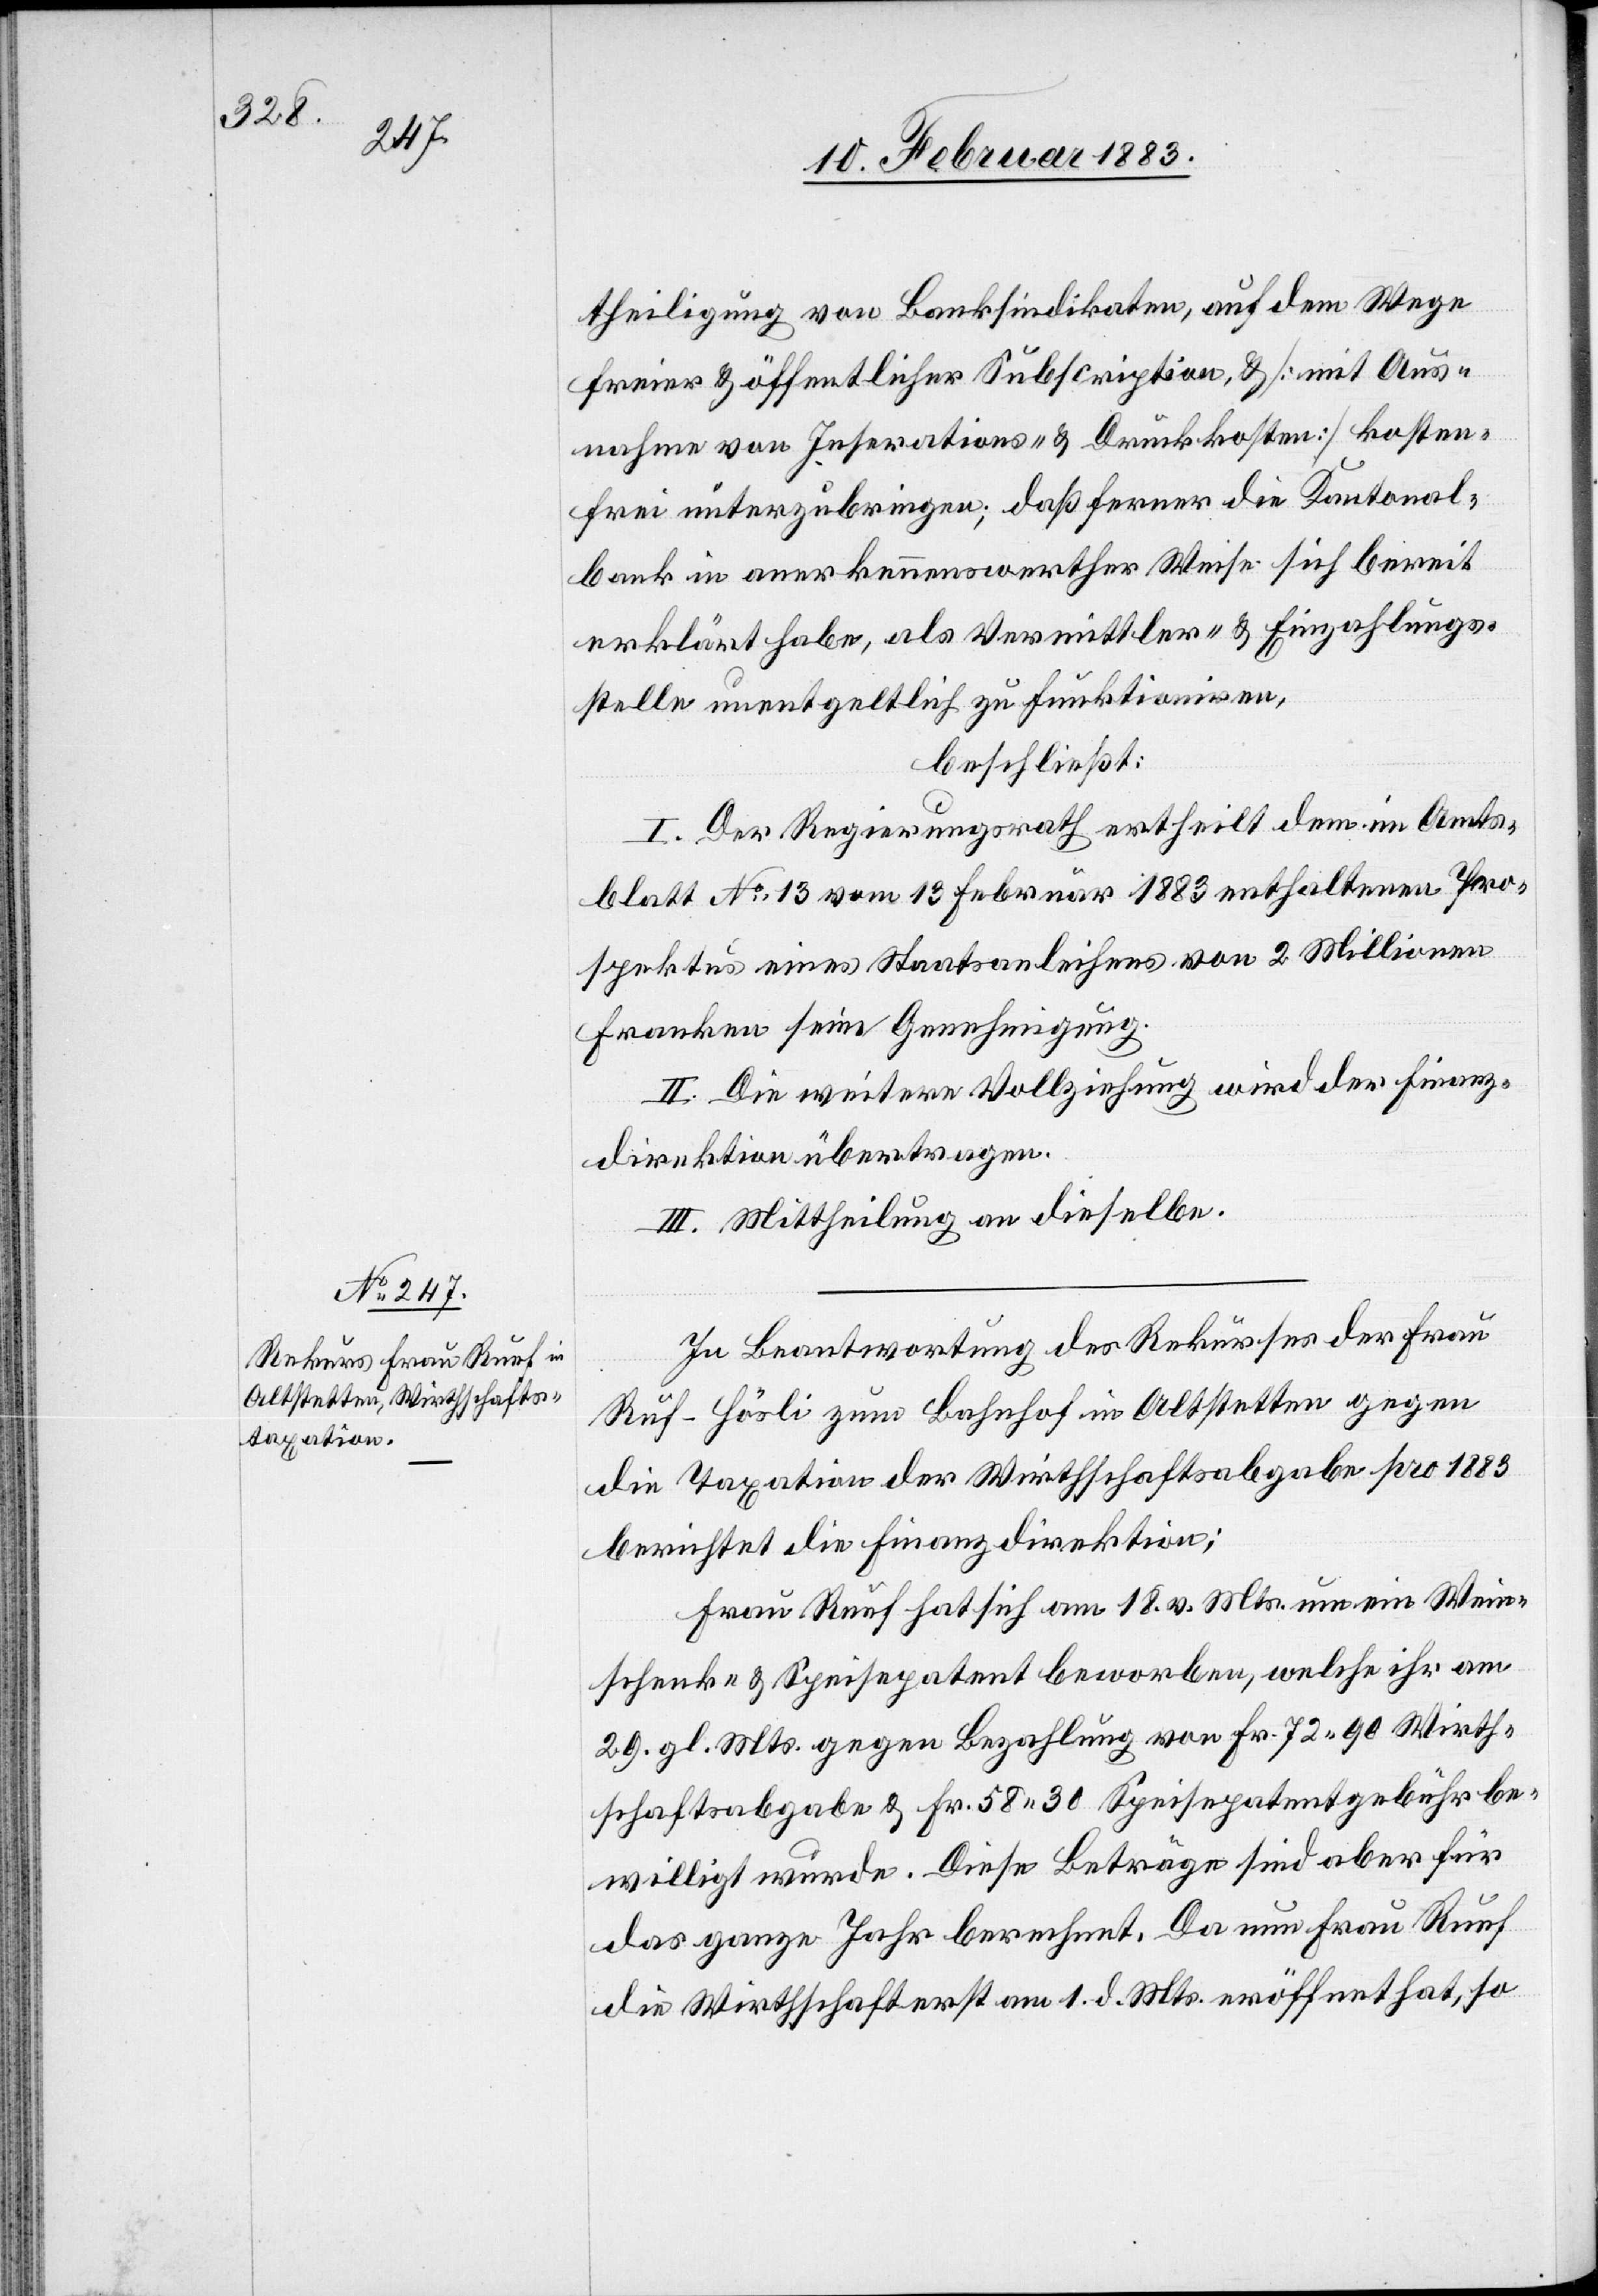
theiligung von Banksindikaten, auf dem Wege
freier & öffentlicher Subscription, & [mit Aus¬
nahme von Insertions- & Druckkosten] kosten¬
frei unterzubringen; daß ferner die Kantonal¬
bank in anerkennenswerther Weise sich bereit
erklärt habe, als Vermittler- & Einzahlungs¬
stelle unentgeltlich zu funktioniren,
beschließt:
I. der Regierungsrath ertheilt dem im Amts¬
blatt No 13 vom 13 Februar 1883 enthaltenen Pro¬
spektus eines Staatsanleihens von 2 Millionen
Franken seine Genehmigung.
II. Die weitere Vollziehung wird der Finanz¬
direktion übertragen.
III. Mittheilung an dieselbe.
In Beantwortung des Rekurses der Frau
Ruf-Hösli [sic!] zum Bahnhof in Altstetten gegen
die Taxation der Wirthschaftsabgabe pro 1883
berichtet die Finanzdirektion:
Frau Ruef hat sich am 18. v. Mts. um ein Wein¬
schenk- & Speisepatent beworben, welche[s] ihr am
29. gl. Mts. gegen Bezahlung von Fr. 72 90 Wirth¬
schaftsabgabe & Fr. 58 30 Speisepatentgebühr be¬
willigt wurde. Diese Beträge sind aber für
das ganze Jahr berechnet. Da nun Frau Ruef
die Wirthschaft erst am 1. d. Mts. eröffnet hat, so